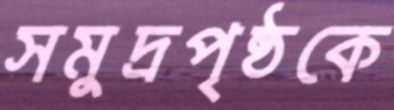
সমুদ্রপৃষ্ঠকে